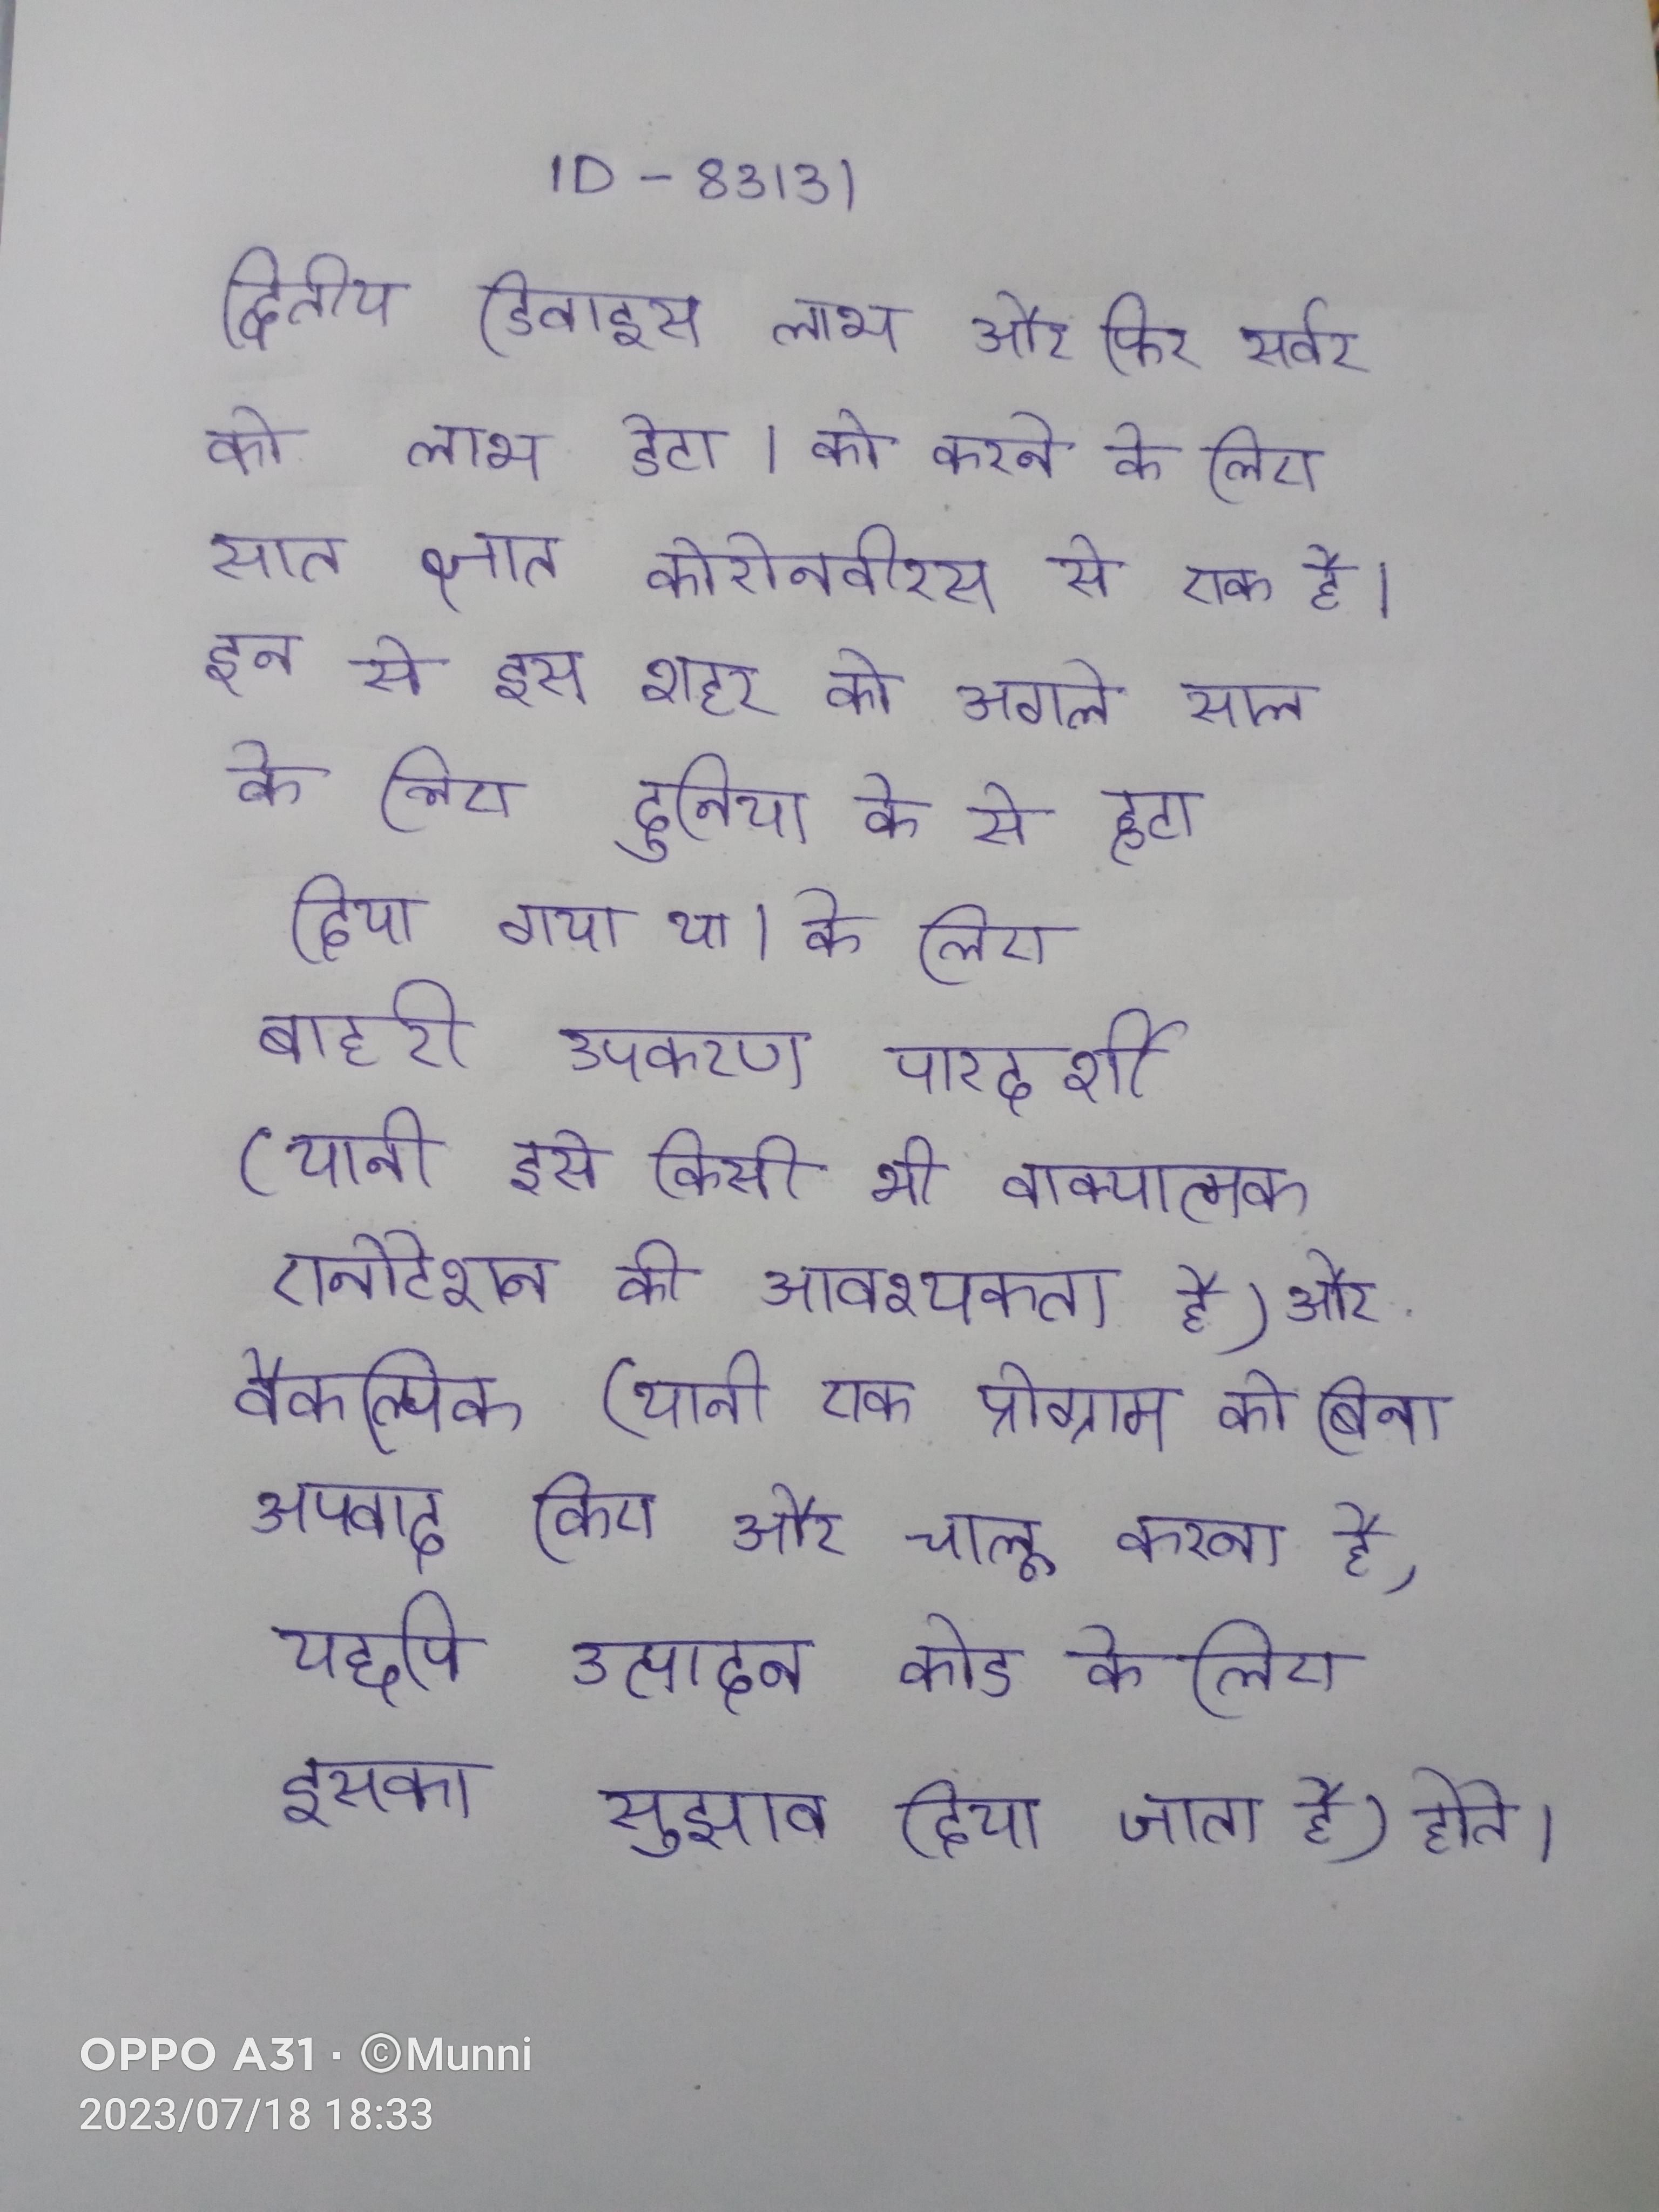
द्वितीय डिवाइस लाभ और फिर सर्वर को लाभ डेटा । को करने के लिए सात ज्ञात कोरोनवीरस से एक है । इन से इस शहर को अगले साल के लिए दुनिया के से हटा दिया गया था । के लिए बाहरी उपकरण पारदर्शी (यानी इसे किसी भी वाक्यात्मक एनोटेशन की आवश्यकता है) और वैकल्पिक (यानी एक प्रोग्राम को बिना अपवाद किए और चालू करना है, यद्दपि उत्पादन कोड के लिए इसका सुझाव दिया जाता है) होते ।